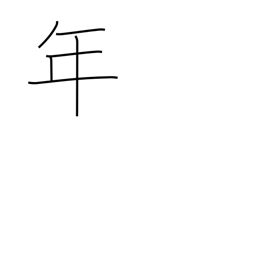
Meaning: counter for years